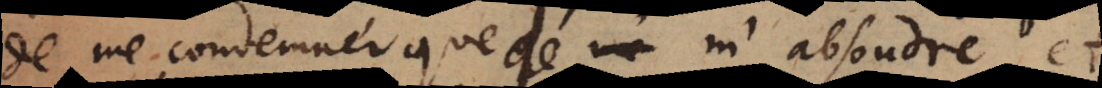
de me condamner que de m’absoudre, et